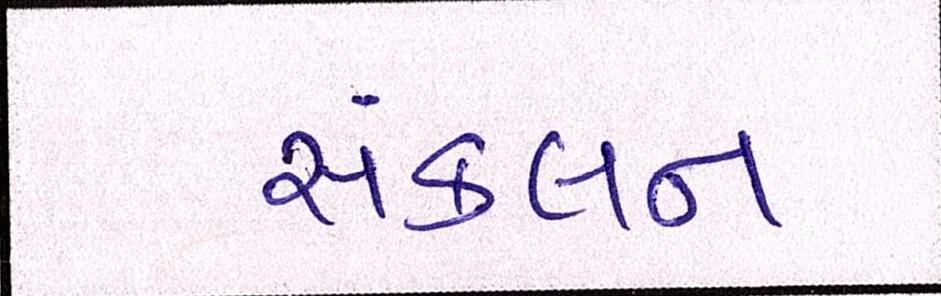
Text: સંકલન